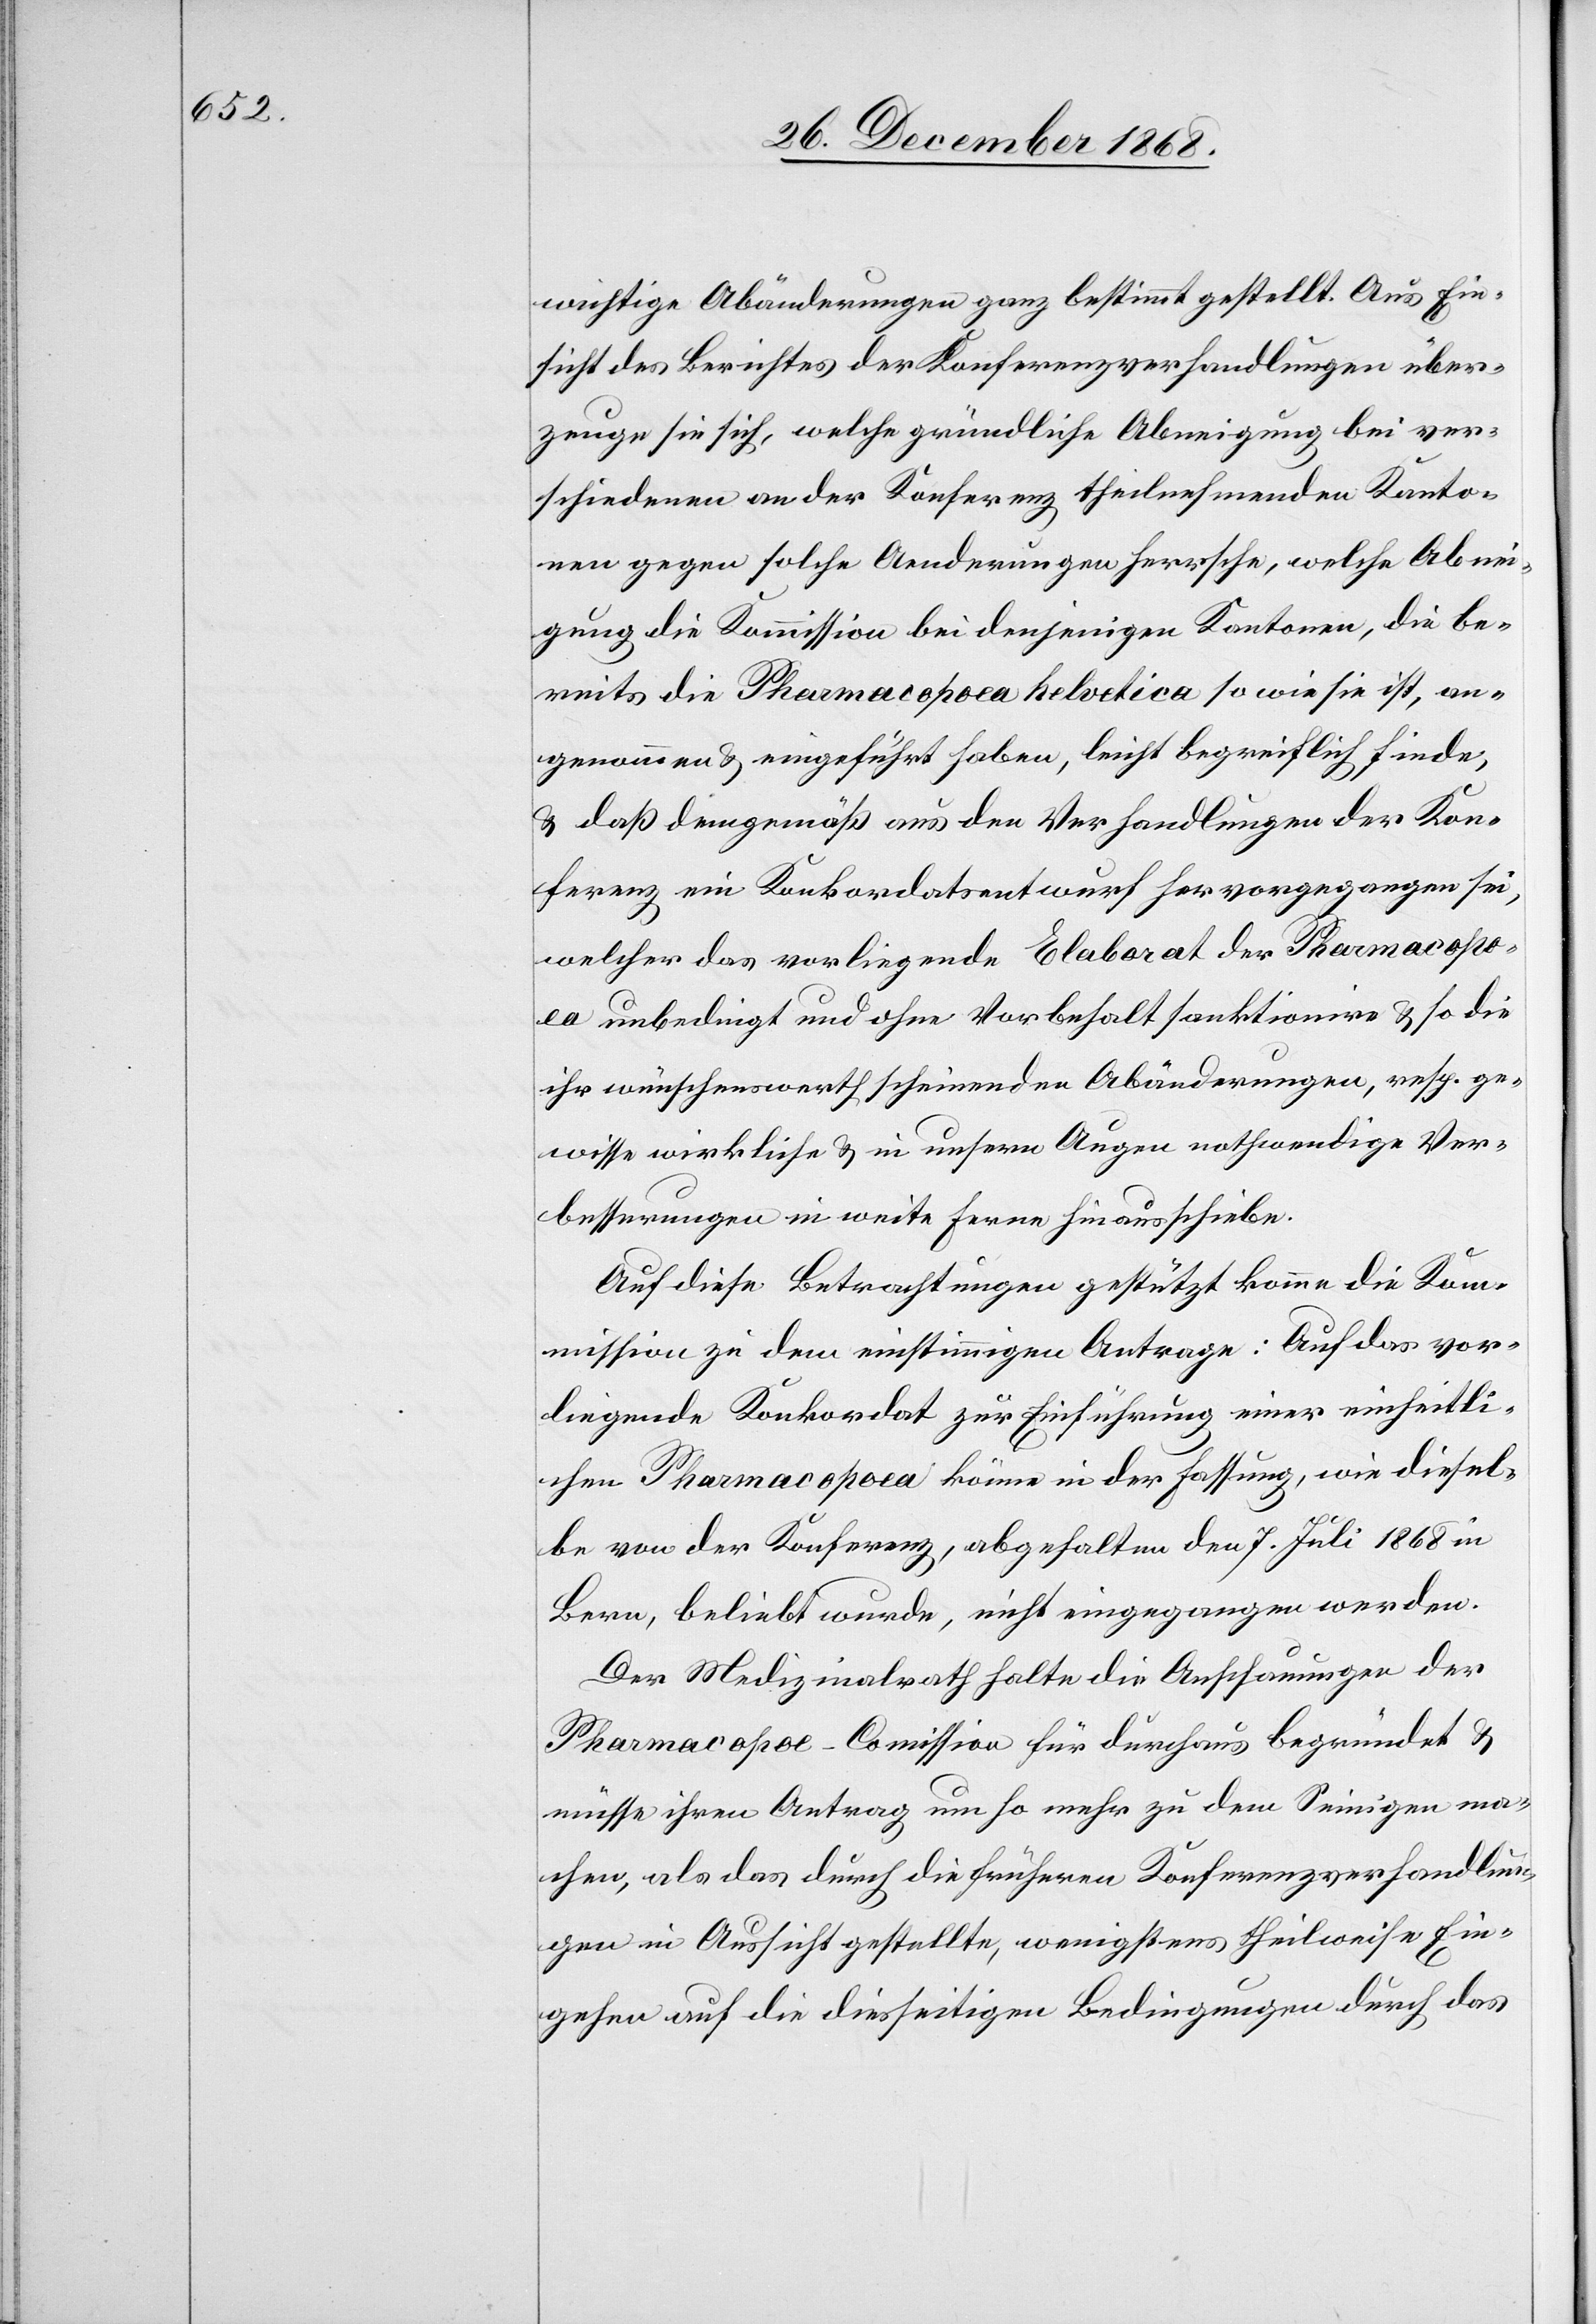
wichtige Abänderungen ganz bestimmt gestellt. Aus Ein¬
sicht des Berichtes der Konferenzverhandlungen über¬
zeuge sie sich, welche gründliche Abneigung bei ver¬
schiedenen an der Konferenz theilnehmenden Kanto¬
nen gegen solche Aenderungen herrsche, welche Abnei¬
gung die Kommission bei denjenigen Kantonen, die be¬
reits die Pharmacopoea helvetica so wie sie ist, an¬
genommen & eingeführt haben, leicht begreiflich finde,
& daß demgemäß aus den Verhandlungen der Kon¬
ferenz ein Konkordatsentwurf hervorgegangen sei,
welcher das vorliegende Elaborat der Pharmacopo¬
ea unbedingt und ohne Vorbehalt sanktionire & so die
ihr wünschenswerth scheinenden Abänderungen, resp. ge¬
wisse wirkliche & in unsern Augen nothwendige Ver¬
besserungen in weite Ferne hinausschiebe.
Auf diese Betrachtungen gestützt komme die Kom¬
mission zu dem einstimmigen Antrage: Auf das vor¬
liegende Konkordat zur Einführung einer einheitli¬
chen Pharmacopoea könne in der Fassung, wie diesel¬
be von der Konferenz, abgehalten den 7. Juli 1868 in
Bern, beliebt wurde, nicht eingegangen werden.
Der Medizinalrath halte die Anschauungen der
Pharmacopoe-Commission für durchaus begründet &
müsse ihren Antrag um so mehr zu dem Seinigen ma¬
chen, als das durch die früheren Konferenzverhandlun¬
gen in Aussicht gestellte, wenigstens theilweise Ein¬
gehen auf die diesseitigen Bedingungen durch das